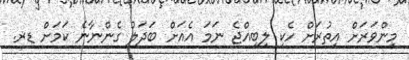
މިންވަރަށް އިތުރަށް ހެކި ލިބިއްޖެ ނަމަ އެއަށް ބަދަލު ގެންނާނެ ކަމަށް ޑރ.